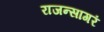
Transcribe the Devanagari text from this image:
राजन्सागरं